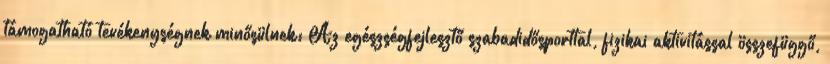
támogatható tevékenységnek minősülnek: Az egészségfejlesztő szabadidősporttal, fizikai aktivitással összefüggő,